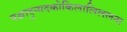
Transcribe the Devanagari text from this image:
पश्चादुन्मदकोकिलालिललना